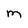
Character: M